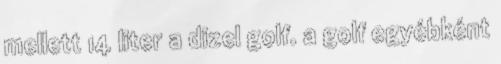
mellett 14 liter a dizel golf. a golf egyébként